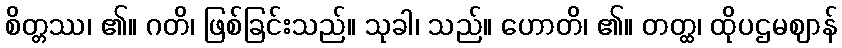
စိတ္တဿ၊ ၏။ ဂတိ၊ ဖြစ်ခြင်းသည်။ သုခါ၊ သည်။ ဟောတိ၊ ၏။ တတ္ထ၊ ထိုပဌမဈာန်